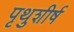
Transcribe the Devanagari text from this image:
पृथुशीर्ष